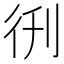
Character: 𫹑